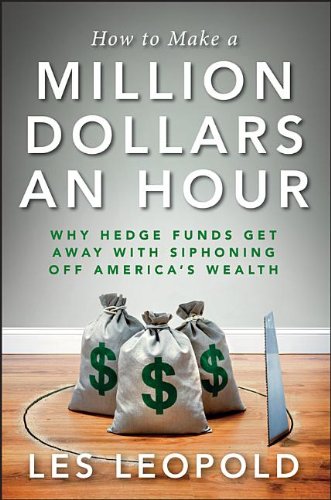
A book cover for How to Make a Million Dollars an Hour: Why Hedge Funds Get Away with Siphoning Off America's Wealth; Les Leopold; Business & Money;